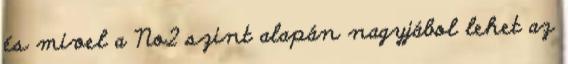
és mivel a No2 szint alapán nagyjábol lehet az